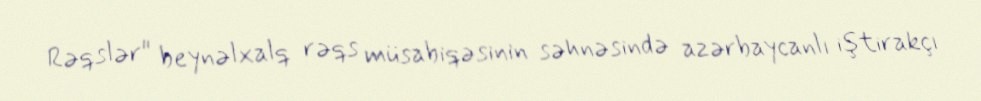
Rəqslər" beynəlxalq rəqs müsabiqəsinin səhnəsində azərbaycanlı iştirakçı